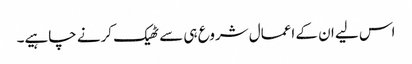
اس لیے ان کے اعمال شروع ہی سے ٹھیک کرنے چاہیے۔